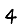
Digit: 4